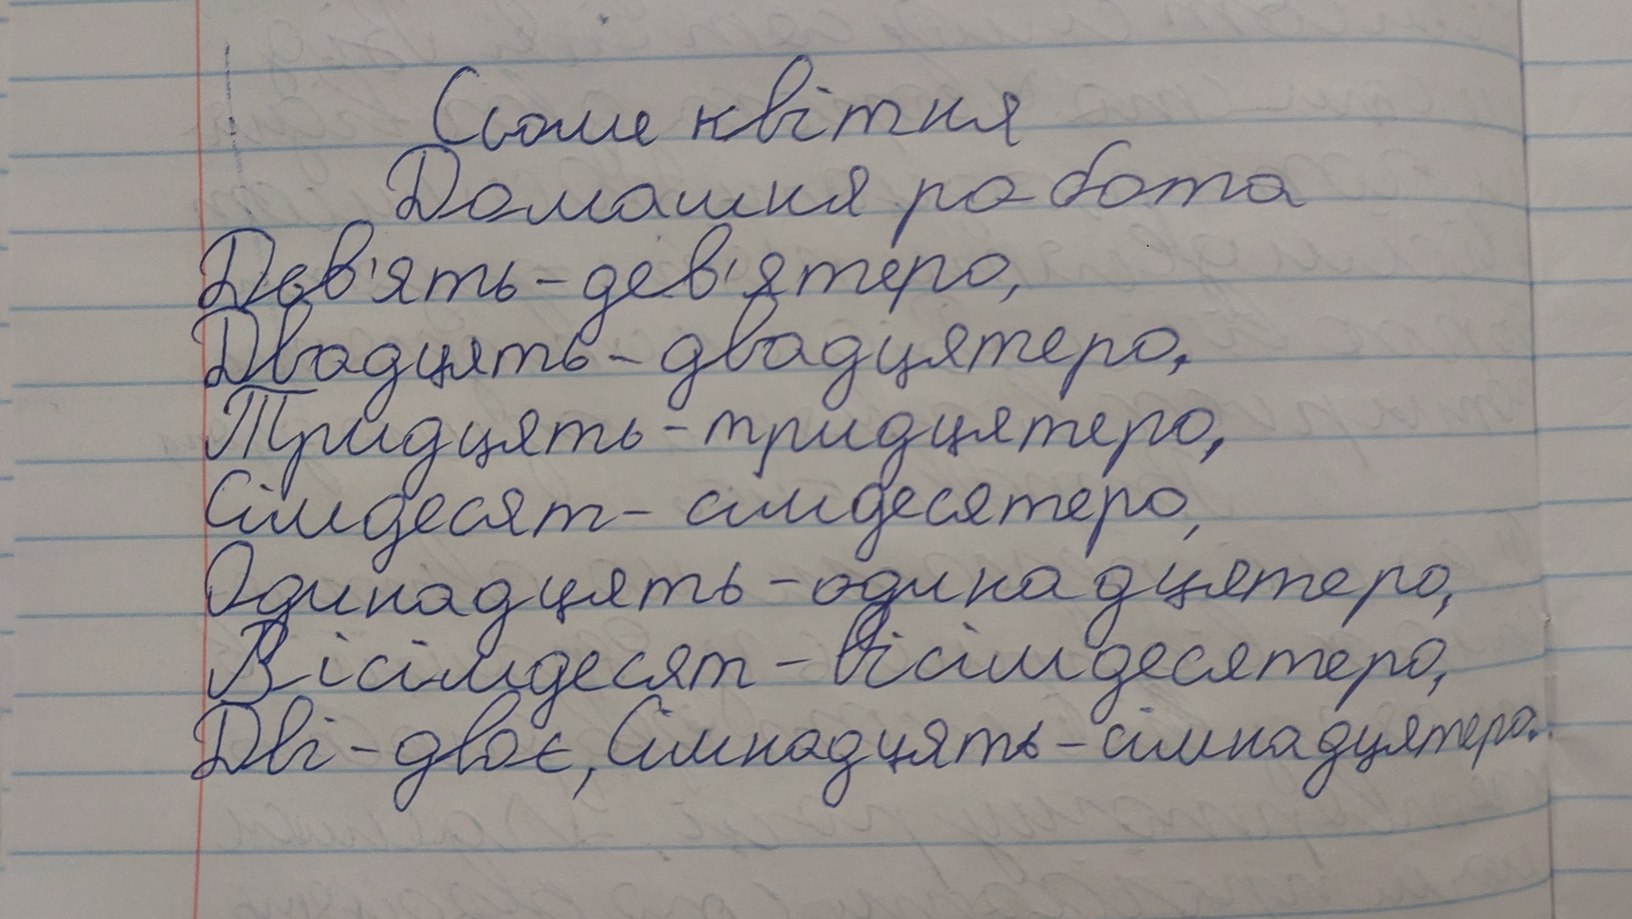
Сьоме квітня
Домашня робота
Дев'ять - дев'ятеро,
Двадцять - двадцятеро,
Тридцять - тридцятеро,
Сімдесят-сімдесятеро,
Одинадцять - одинадцятеро,
Вісімдесят - вісімдесятеро,
Дві - двоє, Сімнадцять - сімнадцятеро.